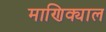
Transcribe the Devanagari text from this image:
माणिक्याल